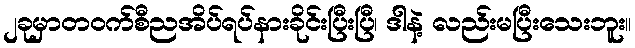
၂ခုမှာတဝက်စီညအိပ်ရပ်နားခိုင်းပြီးပြီ၊ ဒါနဲ့ လည်းမပြီးသေးဘူး။